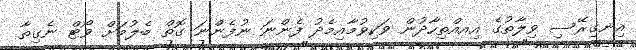
އިނގިރޭސި ވިލާތުގެ އިއއްތިހާދުން ވަކިވުމާއިމެދު ފެންނަ ނުފެންނަ ގޮތް ބެލުމަށް ވޯޓް ނެގިތާ